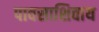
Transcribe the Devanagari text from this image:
पावसाशिवाय